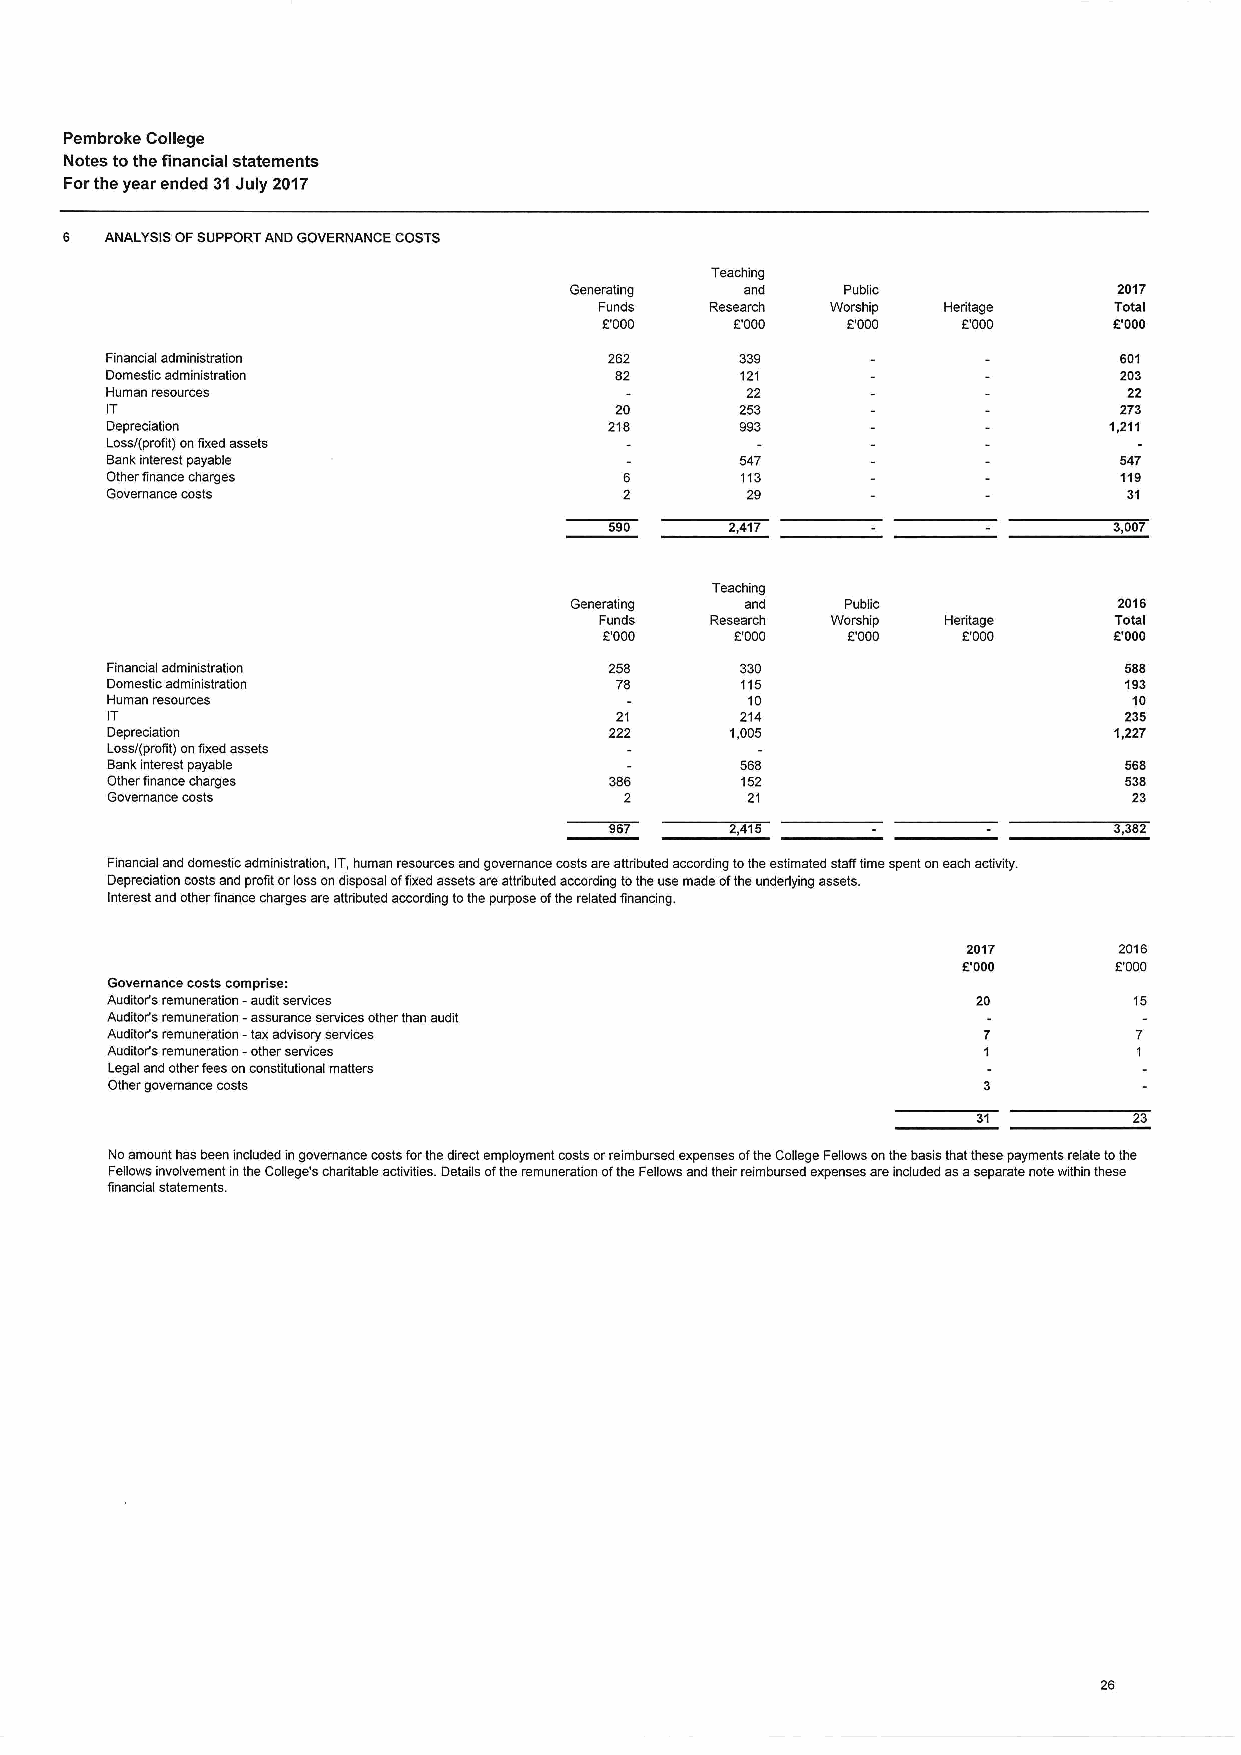
Pembroke College
 Notes tothe financial statements
 Forthe year ended 31July 2017
 6  ANALVSIS OFSUPPORT AND GOVERNANCE COSTS
 Teaching
 Generating and    Public            2017
 Funds  Research Worship Heritage  Total
 L'000    F'000  r'000   F'000     6'000
 Financial administration         262      339                      601
 Domestic administration           82      121                      203
 Human resources                           22                        22
 IT                                20      253                      273
 Depreciation                     218      993                     1,211
 Loss/(profit) onfixed assets
 Bank interest payable                     547                      547
 Other finance charges                     113                      119
 Governance costs                          29                        31
 590     2,417                     3,007
 Teaching
 Generating and    Public            2016
 Funds  Research Worship Heritage  Total
 F000     F'000  r.'000  F'000     6'000
 Financial administration         258      330                      588
 Domestic administration           78      115                      193
 Human resources                           10                        10
 IT                                21      214                      235
 Depreciation                     222     1,005                     1227
 Loss/(profit) onfixed assets
 Bankinterest payable                      568                      568
 Other finance charges            386      152                      538
 Governance costs                  2       21                        23
 967     2,415                     3,382
 Financial and domestic administration, IT,human resources and governance costsareattributed according tothe estimated stafftime spent oneach activity.
 Depreciation costsand profit orlossondisposal offixed assets areattributed according tothe use made ofthe underlying assets.
 Interest and other finance charges areattributed according tothe purpose ofthe related financing.
 2017      2016
 6'000     L'000
 Governance costs comprise:
 Auditor's remuneration -audit services                    20        15
 Auditor's remuneration -assurance services other than audit
 Auditor's remuneration -taxadvisory services
 Auditor's remuneration -other services
 Legal and other feesonconstitutional matters
 Other governance costs
 31        23
 Noamount has been included ingovernance costsforthedirect employment costsorreimbursed expenses ofthe College Fellows onthe basis that these payments relate tothe
 Fellows involvement inthe College's charitable activities. Details ofthe remuneration ofthe Fellows and their reimbursed expenses areincluded asaseparate note within these
 financial statements.
 26